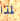
لمذا